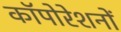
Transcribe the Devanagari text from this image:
कॉपोरेशनों